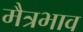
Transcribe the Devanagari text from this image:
मैत्रभाव